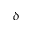
\delta